Indian journal of veterinary science and animal husbandry - Volumes 22-23, 1952-1953
Year: 1952
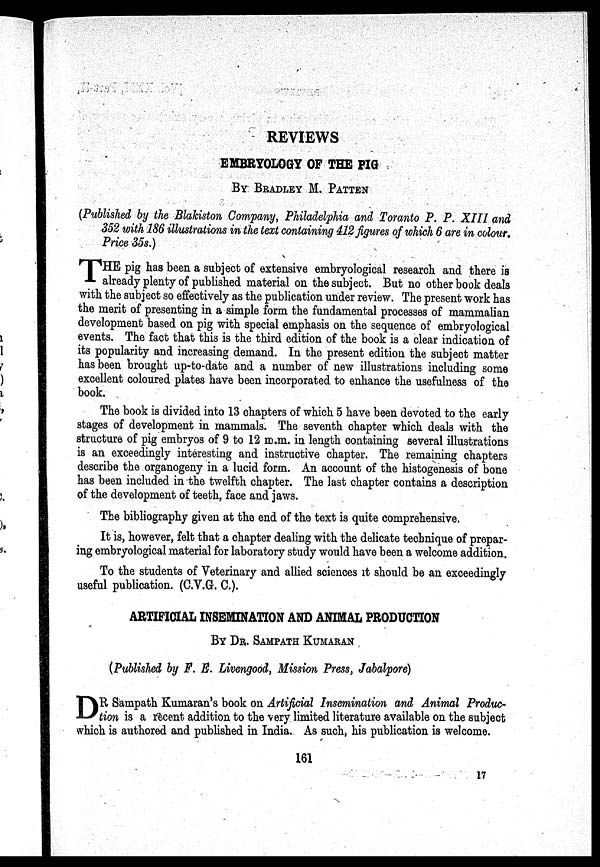
REVIEWS
EMBRYOLOGY OF THE PIG
BY BRADLEY M. PATTEN
(Published by the Blakiston Company, Philadelphia and Toranto P. P. XIII and
352 with 186 illustrations in the text containing 412 figures of which 6 are in colour.
Price 35s.)
T HE pig has been a subject of extensive embryological research and there is
already plenty of published material on the subject. But no other book deals
with the subject so effectively as the publication under review. The present work has
the merit of presenting in a simple form the fundamental processes of mammalian
development based on pig with special emphasis on the sequence of embryological
events. The fact that this is the third edition of the book is a clear indication of
its popularity and increasing demand. In the present edition the subject matter
has been brought up-to-date and a number of new illustrations including some
excellent coloured plates have been incorporated to enhance the usefulness of the
book.
The book is divided into 13 chapters of which 5 have been devoted to the early
stages of development in mammals. The seventh chapter which deals with the
structure of pig embryos of 9 to 12 m.m. in length containing several illustrations
is an exceedingly interesting and instructive chapter. The remaining chapters
describe the organogeny in a lucid form. An account of the histogenesis of bone
has been included in the twelfth chapter. The last chapter contains a description
of the development of teeth, face and jaws.
The bibliography given at the end of the text is quite comprehensive.
It is, however, felt that a chapter dealing with the delicate technique of prepar-
ing embryological material for laboratory study would have been a welcome addition.
To the students of Veterinary and allied sciences it should be an exceedingly
useful publication. (C.V.G. C).
ARTIFICIAL INSEMINATION AND ANIMAL PRODUCTION
BY DR. SAMPATH KUMARAN
(Published by F. E. Livengood, Mission Press, Jabalpore)
D R Sampath Kumaran's book on Artificial Insemination and Animal Produc-
tion is a recent addition to the very limited literature available on the subject
which is authored and published in India. As such, his publication is welcome.
161
17